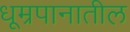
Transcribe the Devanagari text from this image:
धूम्रपानातील